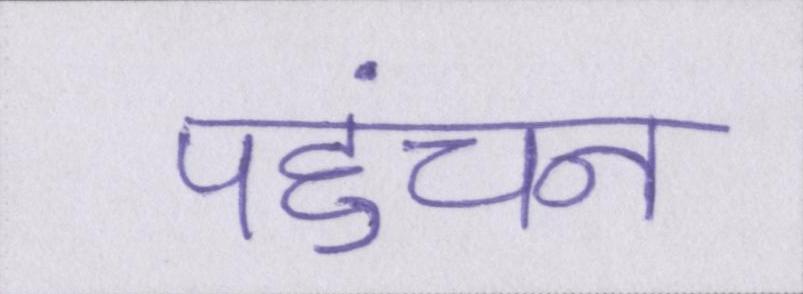
पहुंचना